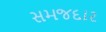
સમજદાર